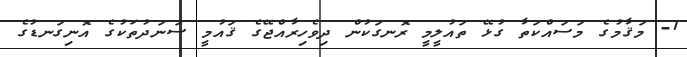
1- މަޤާމުގެ މަސައްކަތާ ގުޅޭ ތައުލީމީ ރޮނގަކުން ދިވެހިރާއްޖޭގެ ޤައުމީ ސަނަދުތަކުގެ އޮނިގަނޑުގެ